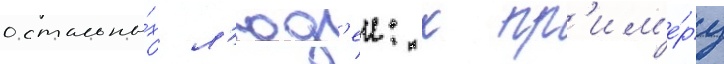
остальны́х л'юд'еи: к пр'им'е́ру